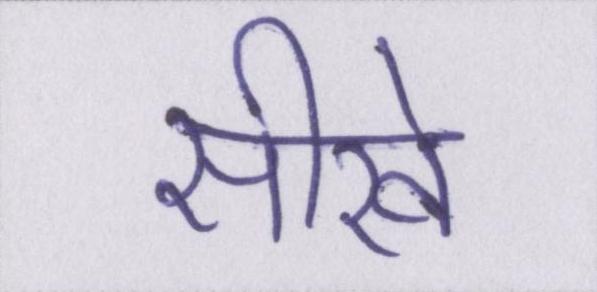
सीखे